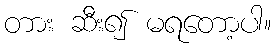
တား ဆီး၍ မရတော့ပါ။